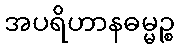
အပရိဟာနဓမ္မဉ္စ